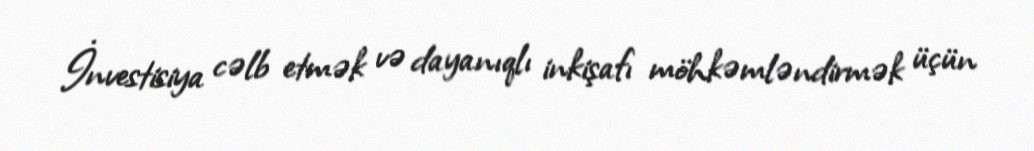
İnvestisiya cəlb etmək və dayanıqlı inkişafı möhkəmləndirmək üçün